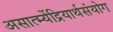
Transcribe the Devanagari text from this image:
असात्म्येंद्रियार्थसंयोग